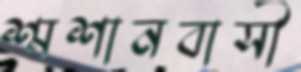
শ্মশানবাসী